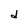
Character: d